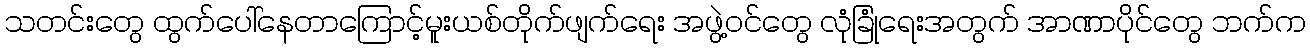
သတင်းတွေ ထွက်ပေါ်နေတာကြောင့်မူးယစ်တိုက်ဖျက်ရေး အဖွဲ့ဝင်တွေ လုံခြုံရေးအတွက် အာဏာပိုင်တွေ ဘက်က